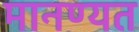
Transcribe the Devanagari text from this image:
मानण्यत